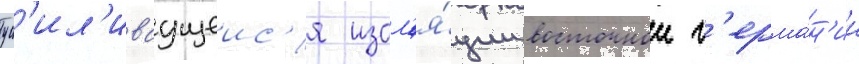
ус'ил'иваущеис'я изол'я́ции восточнои г'ерма́н'ии